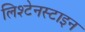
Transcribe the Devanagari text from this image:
लिश्टेनस्टाइन